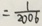
= \frac { 1 } { 2 0 0 6 }